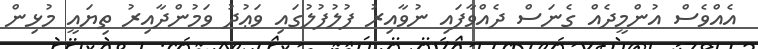
އެއްވެސް އުންމީދެއް ގެނަސް ދެއްވާފައި ނުވާއިރު ފުލުފުލުގައި ވަޢުދު ވަމުންދާއިރު ތިޔައީ މުޅިން